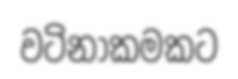
වටිනාකමකට